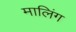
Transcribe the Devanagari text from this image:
मालिंग